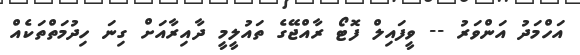
އަހްމަދު އަންވަރު -- ވީފައިލް ފޮޓޯ ރާއްޖޭގެ ތައުލީމީ ދާއިރާއަށް ގިނަ ހިދުމަތްތަކެއް